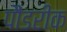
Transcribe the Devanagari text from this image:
पौंडरीक